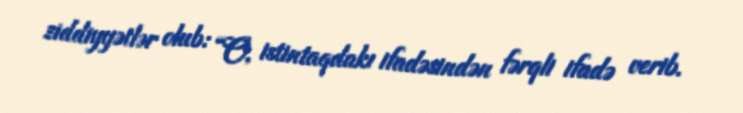
ziddiyyətlər olub: “O, istintaqdakı ifadəsindən fərqli ifadə verib.